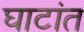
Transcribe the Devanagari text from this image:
घाटांत